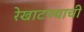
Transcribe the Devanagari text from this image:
रेखाटण्याची